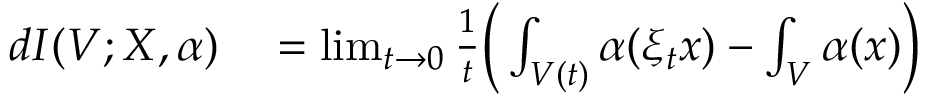
\begin{array} { r l } { d I ( V ; X , \alpha ) } & { { } = \operatorname* { l i m } _ { t \to 0 } \frac { 1 } { t } \Big ( \int _ { V ( t ) } \alpha ( \xi _ { t } x ) - \int _ { V } \alpha ( x ) \Big ) } \end{array}